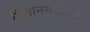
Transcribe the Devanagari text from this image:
विज्ञानमयोऽसि